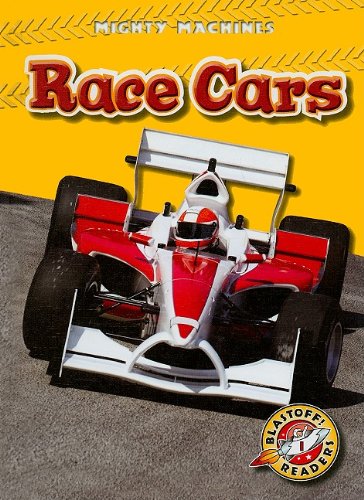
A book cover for Race Cars (Blastoff! Readers: Mighty Machines); Derek Zobel; Children's Books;